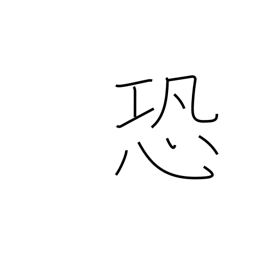
Meaning: awe